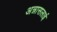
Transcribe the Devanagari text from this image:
अन्नासलाई